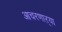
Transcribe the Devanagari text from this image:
आचरणाऱ्या